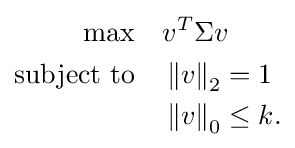
{\begin{aligned}\max \quad &v^{T}\Sigma v\\{\text{subject to}}\quad &\left\Vert v\right\Vert _{2}=1\\&\left\Vert v\right\Vert _{0}\leq k.\end{aligned}}